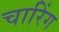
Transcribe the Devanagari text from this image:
चारिंग